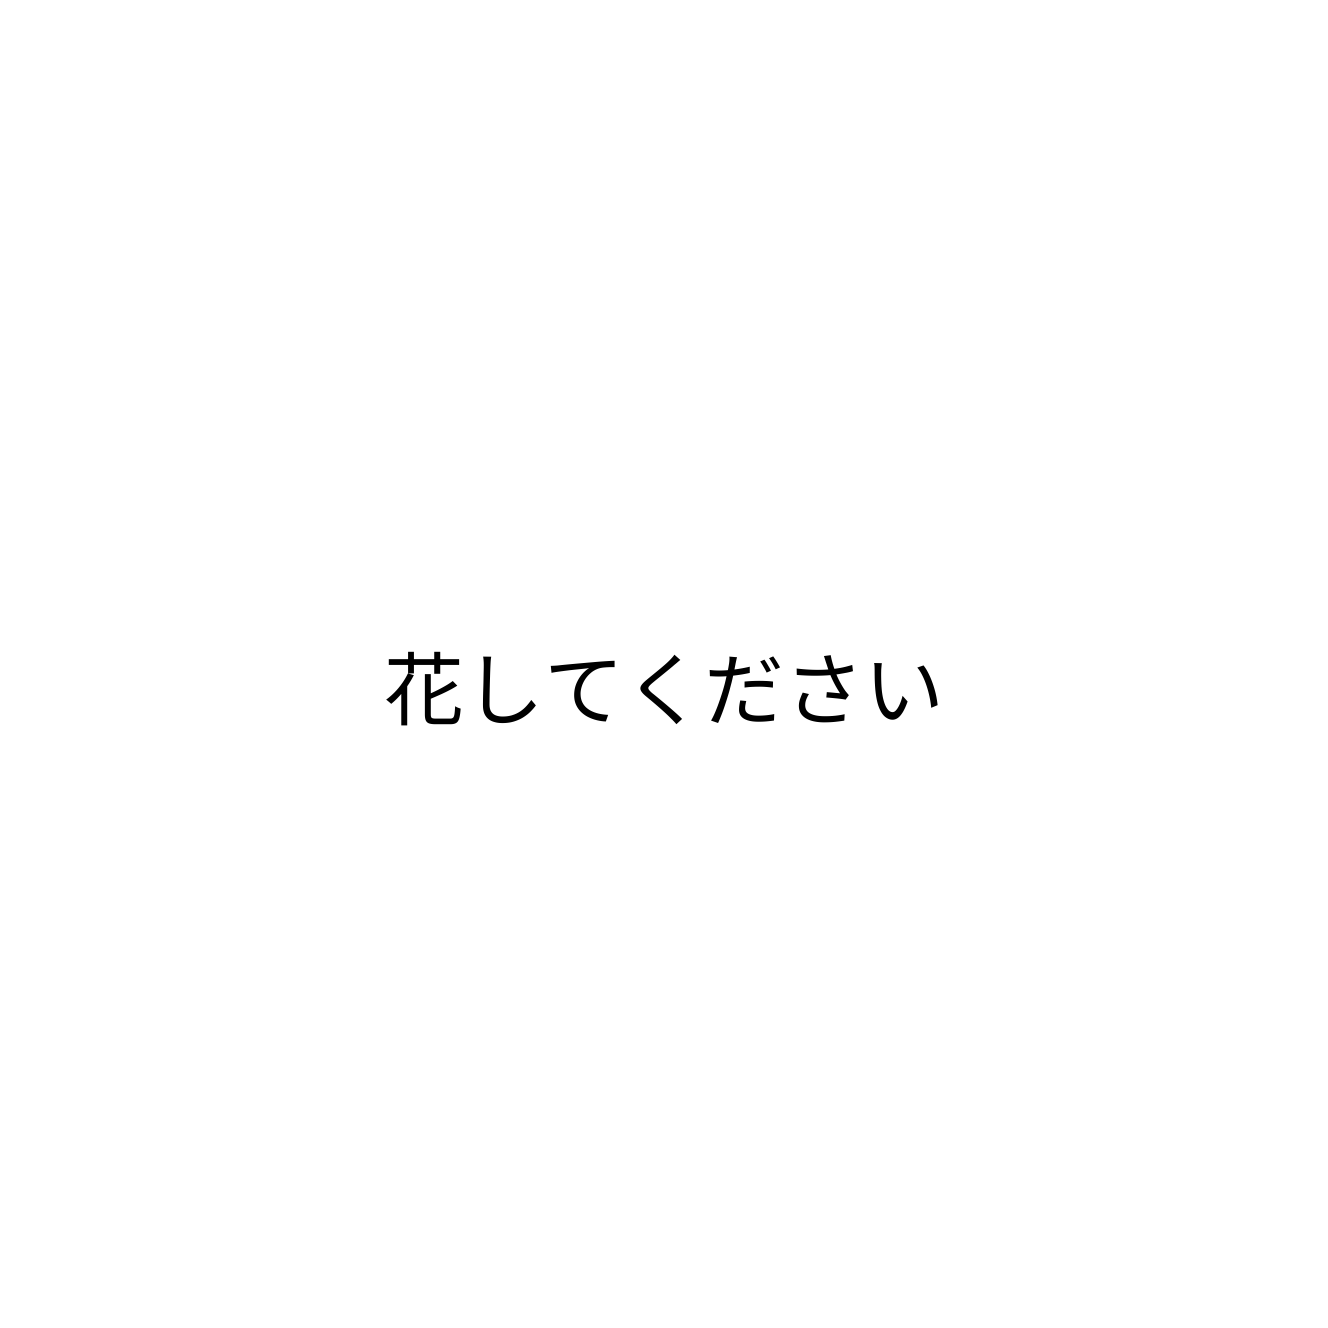
花してください